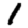
Digit: 1